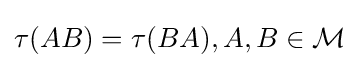
\tau (AB)=\tau (BA),A,B\in {\mathcal {M}}